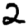
Digit: 2